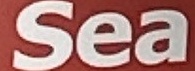
Sea